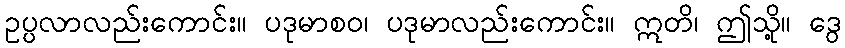
ဥပ္ပလာလည်းကောင်း။ ပဒုမာစဝ၊ ပဒုမာလည်းကောင်း။ ဣတိ၊ ဤသို့။ ဒွေ